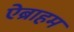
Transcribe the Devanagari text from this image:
ऐब्राहम